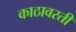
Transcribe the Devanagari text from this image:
काठावरती